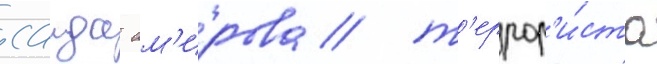
саида ам'ирова / т'еррор'и́ста